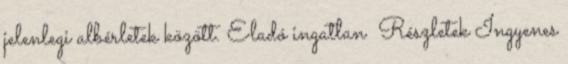
jelenlegi albérletek között. Eladó ingatlan Részletek Ingyenes